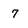
Character: 7